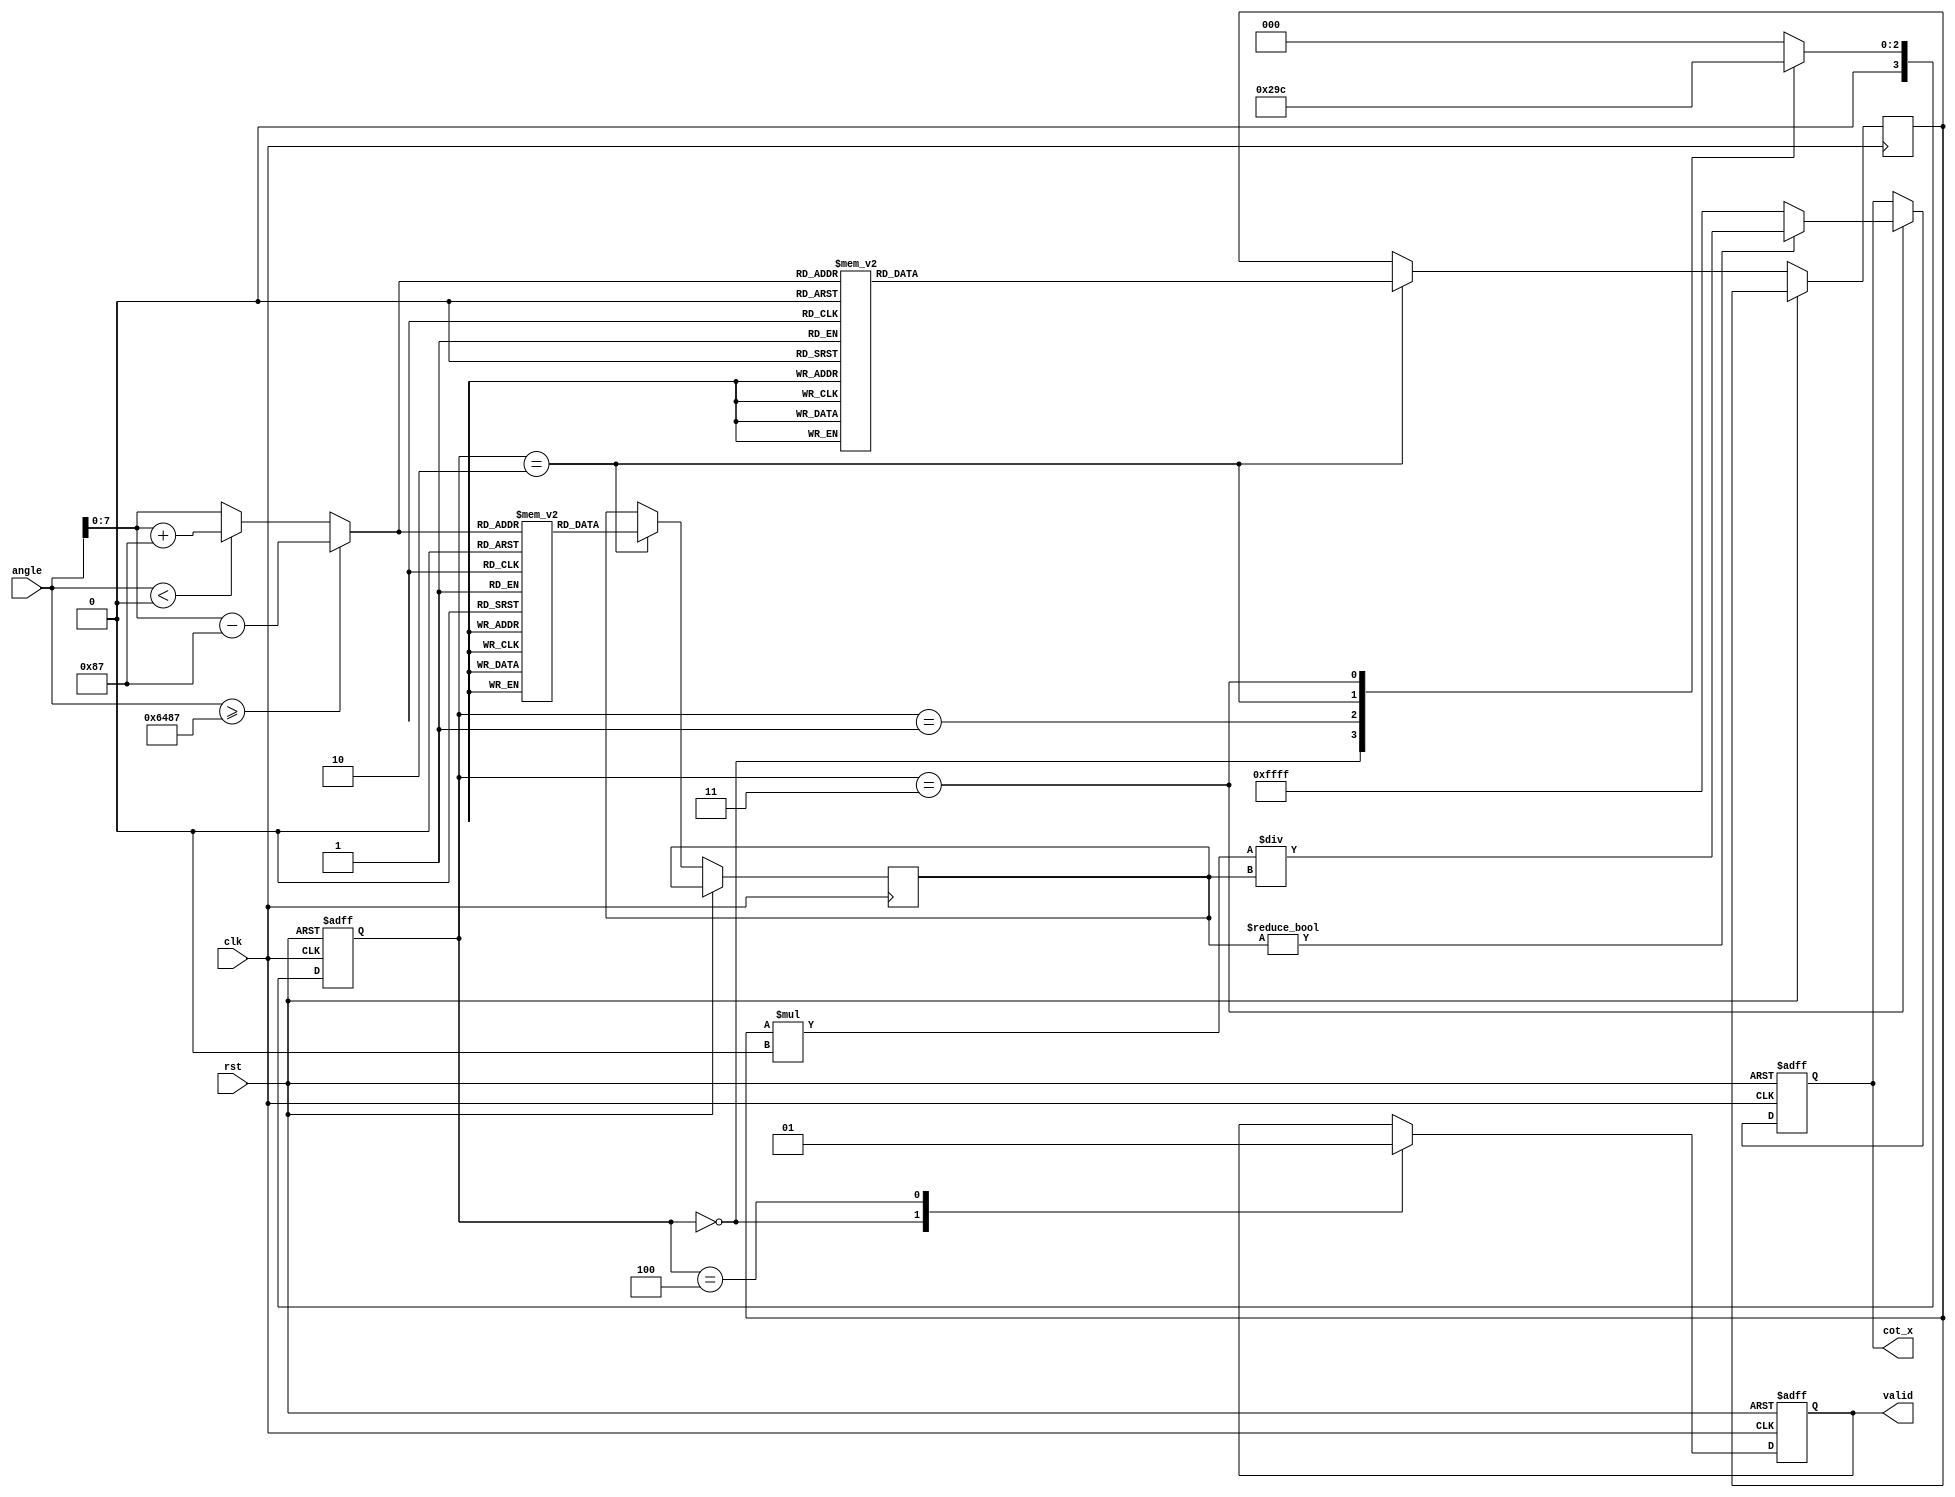
module cotangent_calculator (
    input wire clk,
    input wire rst,
    input wire [15:0] angle, // Input angle in fixed-point representation (scaled)
    output reg [15:0] cot_x, // Output cotangent in fixed-point representation
    output reg valid // Output valid signal
);

    // Parameters
    parameter PI = 16'h3243; // Approximation of  in fixed-point (scaled)
    parameter TWO_PI = 16'h6487; // Approximation of 2 in fixed-point (scaled)
    parameter TABLE_SIZE = 256; // Size of sine/cosine lookup table

    // Sine and Cosine Lookup Tables
    reg [15:0] sin_table [0:TABLE_SIZE-1];
    reg [15:0] cos_table [0:TABLE_SIZE-1];

    // Internal signals
    reg [15:0] normalized_angle;
    reg [15:0] sin_x, cos_x;
    reg [15:0] sin_x_inv; // Inverse of sine for division
    reg [3:0] state;
    reg [3:0] next_state;

    // State encoding
    localparam IDLE = 4'b0000,
               NORMALIZE = 4'b0001,
               CALCULATE = 4'b0010,
               DIVIDE = 4'b0011,
               OUTPUT = 4'b0100;

    // Initialize sine and cosine lookup tables
    initial begin
        // Populate sin_table and cos_table with precomputed values
        // This is just an example; actual values need to be filled in
        // for (int i = 0; i < TABLE_SIZE; i = i + 1) begin
        //     sin_table[i] = ...; // Calculate sine values
        //     cos_table[i] = ...; // Calculate cosine values
        // end
    end

    // Normalize angle to [0, 2]
    always @(*) begin
        if (angle >= TWO_PI) begin
            normalized_angle = angle - TWO_PI;
        end else if (angle < 0) begin
            normalized_angle = angle + TWO_PI;
        end else begin
            normalized_angle = angle;
        end
    end

    // State machine for computation
    always @(posedge clk or posedge rst) begin
        if (rst) begin
            state <= IDLE;
            cot_x <= 16'h0000;
            valid <= 1'b0;
        end else begin
            state <= next_state;
            case (state)
                IDLE: begin
                    valid <= 1'b0;
                end
                NORMALIZE: begin
                    // Normalization already handled
                end
                CALCULATE: begin
                    // Calculate sine and cosine using lookup table
                    sin_x = sin_table[normalized_angle[7:0]];
                    cos_x = cos_table[normalized_angle[7:0]];
                end
                DIVIDE: begin
                    if (sin_x != 0) begin
                        // Perform division to calculate cotangent
                        cot_x <= (cos_x * 16'h10000) / sin_x; // Scale to fixed-point
                    end else begin
                        cot_x <= 16'hFFFF; // Return error value for undefined cotangent
                    end
                end
                OUTPUT: begin
                    valid <= 1'b1; // Indicate output is valid
                end
            endcase
        end
    end

    // Next state logic
    always @(*) begin
        case (state)
            IDLE: next_state = NORMALIZE;
            NORMALIZE: next_state = CALCULATE;
            CALCULATE: next_state = DIVIDE;
            DIVIDE: next_state = OUTPUT;
            OUTPUT: next_state = IDLE;
            default: next_state = IDLE;
        endcase
    end

endmodule